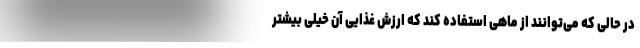
در حالی که می‌توانند از ماهی استفاده کند که ارزش غذایی آن خیلی بیشتر